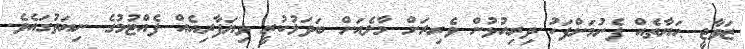
ޒަވާޖީ ޙަޔާތެއް ފެށުމަށްފަހު ދިރިއުޅުން ވެރިރަށް މާލެއަށް ބަަދަލުކުރީ ވިޔަފާރިއެއް ފެއްޓުމުގެ ނިޔަތުގައެވެ.